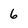
Character: 6